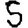
Digit: 5